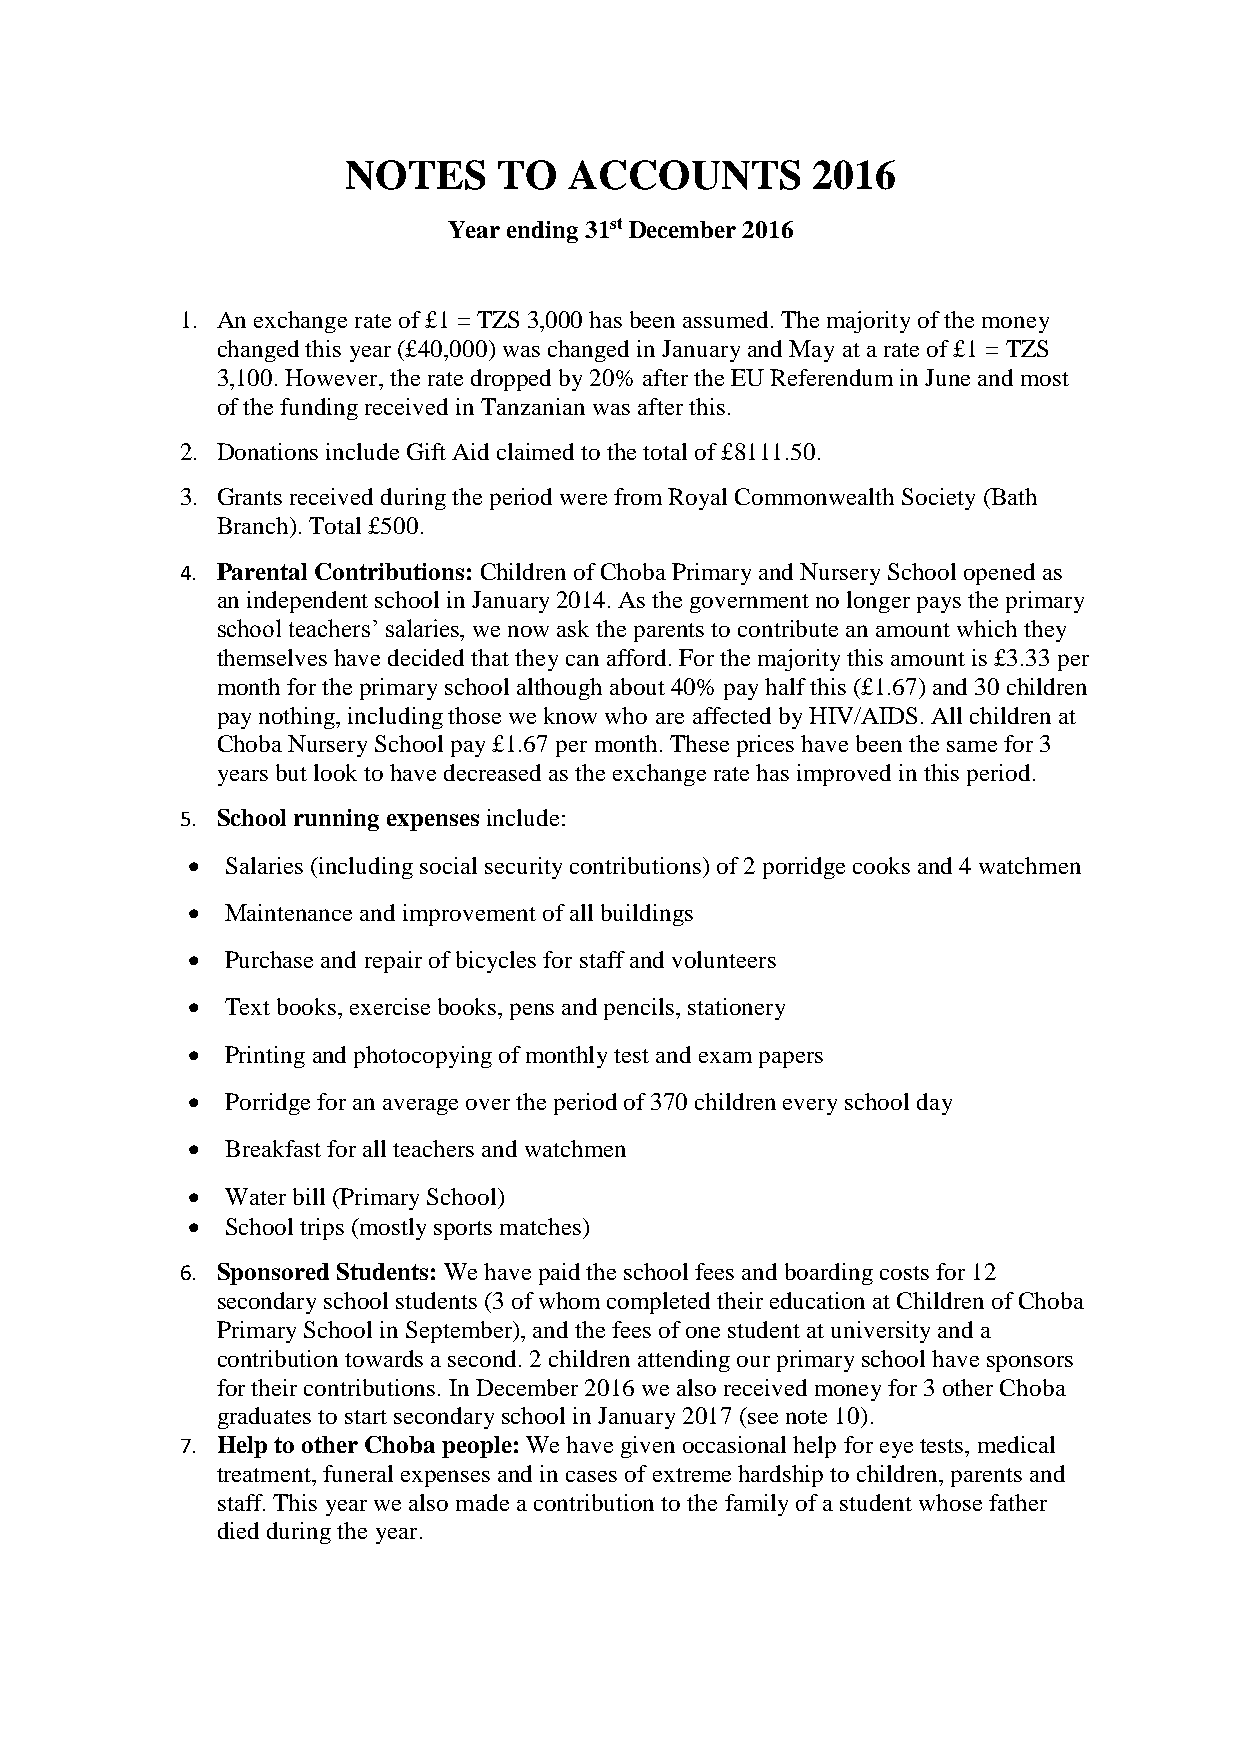
NOTES     TO   ACCOUNTS        2016
 Year ending 31st December 2016
 1. An exchange rate of £1 = TZS 3,000 has been assumed. The majority of the money
 changed this year (£40,000) was changed in January and May at a rate of £1 = TZS
 3,100. However, the rate dropped by 20% after the EU Referendum in June and most
 of the funding received in Tanzanian was after this.
 2. Donations include Gift Aid claimed to the total of £8111.50.
 3. Grants received during the period were from Royal Commonwealth Society (Bath
 Branch). Total £500.
 4. Parental Contributions: Children of Choba Primary and Nursery School opened as
 an independent school in January 2014. As the government no longer pays the primary
 school teachers’ salaries, we now ask the parents to contribute an amount which they
 themselves have decided that they can afford. For the majority this amount is £3.33 per
 month for the primary school although about 40% pay half this (£1.67) and 30 children
 pay nothing, including those we know who are affected by HIV/AIDS. All children at
 Choba Nursery School pay £1.67 per month. These prices have been the same for 3
 years but look to have decreased as the exchange rate has improved in this period.
 5. School running expenses include:
   Salaries (including social security contributions) of 2 porridge cooks and 4 watchmen
   Maintenance and improvement of all buildings
   Purchase and repair of bicycles for staff and volunteers
   Text books, exercise books, pens and pencils, stationery
   Printing and photocopying of monthly test and exam papers
   Porridge for an average over the period of 370 children every school day
   Breakfast for all teachers and watchmen
   Water bill (Primary School)
   School trips (mostly sports matches)
 6. Sponsored Students: We have paid the school fees and boarding costs for 12
 secondary school students (3 of whom completed their education at Children of Choba
 Primary School in September), and the fees of one student at university and a
 contribution towards a second. 2 children attending our primary school have sponsors
 for their contributions. In December 2016 we also received money for 3 other Choba
 graduates to start secondary school in January 2017 (see note 10).
 7. Help to other Choba people: We have given occasional help for eye tests, medical
 treatment, funeral expenses and in cases of extreme hardship to children, parents and
 staff. This year we also made a contribution to the family of a student whose father
 died during the year.